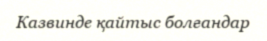
Казвинде қайтыс болғандар